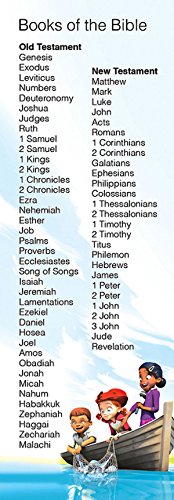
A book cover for Deep Blue Books of the Bible Bookmark (Pkg of 25); Christian Books & Bibles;